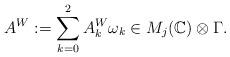
LaTeX: \begin{align*}A^{W}:=\sum_{k=0}^{2}A^{W}_{k} \omega_{k}\in M_{j}(\mathbb{C})\otimes \Gamma.\end{align*}